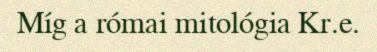
Míg a római mitológia Kr.e.